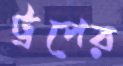
ট্রপের